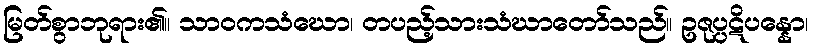
မြတ်စွာဘုရား၏။ သာဝကသံဃော၊ တပည့်သားသံဃာတော်သည်။ ဥဇုပ္ပဋိပန္နော၊